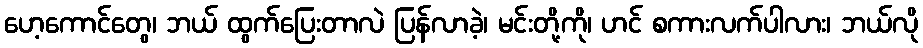
ဟေ့ကောင်တွေ၊ ဘယ် ထွက်ပြေးတာလဲ ပြန်လာခဲ့၊ မင်းတို့ကို၊ ဟင် စကားလက်ပါလား၊ ဘယ်လို